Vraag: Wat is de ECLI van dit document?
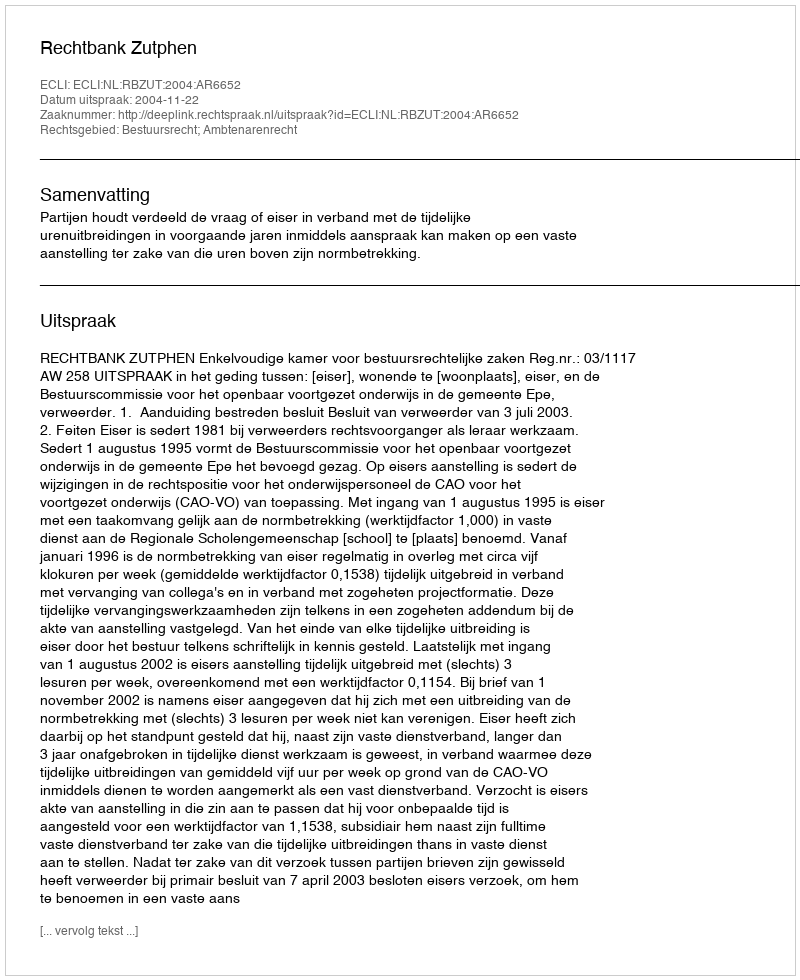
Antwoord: ECLI:NL:RBZUT:2004:AR6652